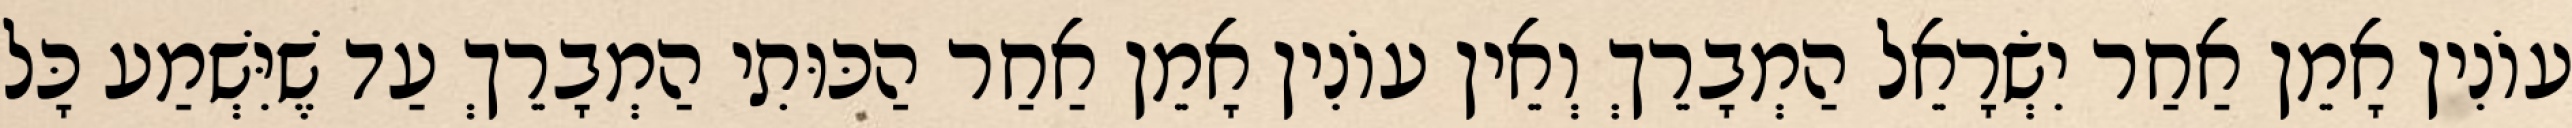
עוֹנִין אָמֵן אַחַר יִשְׂרָאֵל הַמְבָרֵךְ וְאֵין עוֹנִין אָמֵן אַחַר הַכּוּתִי הַמְבָרֵךְ עַד שֶׁיִּשְׁמַע כָּל